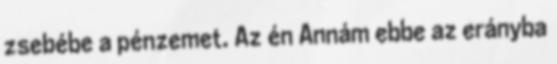
zsebébe a pénzemet. Az én Annám ebbe az erányba